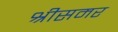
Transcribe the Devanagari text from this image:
श्रीसमर